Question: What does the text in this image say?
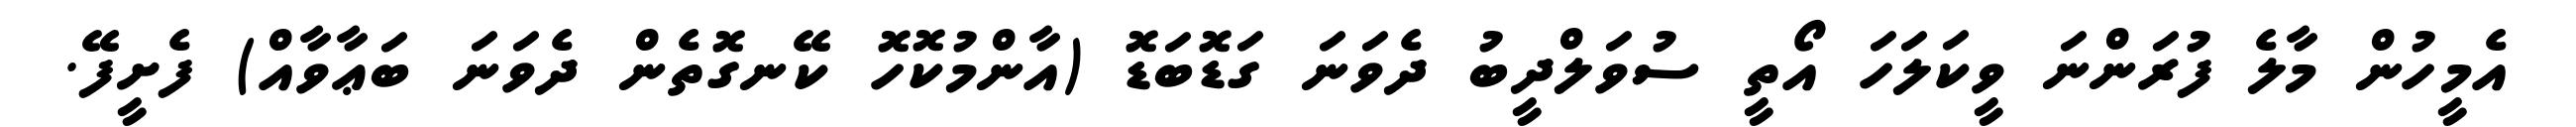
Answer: އެމީހުން މާލެ ފުރަންނަ ވީކަލަހަ އޯތީ ސުވަލްދީބު ދެވަނަ ގަޑޮބަޑޮ (އާންމުކޮހޮ ކޭނގޮތެން ދެވަނަ ބަޢާވާއް) ފެށީފޭ.